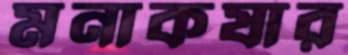
মনাকষার